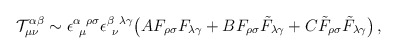
\begin{align*}{\cal T}^{\alpha\beta}_{\mu\nu} \sim\epsilon^{\alpha~\rho\sigma}_{~\mu} \epsilon^{\beta~\lambda\gamma}_{~\nu}\big( A F_{\rho\sigma}F_{\lambda\gamma} + B F_{\rho\sigma}\tilde F_{\lambda\gamma} + C \tilde F_{\rho\sigma}\tilde F_{\lambda\gamma} \big)\,,\end{align*}